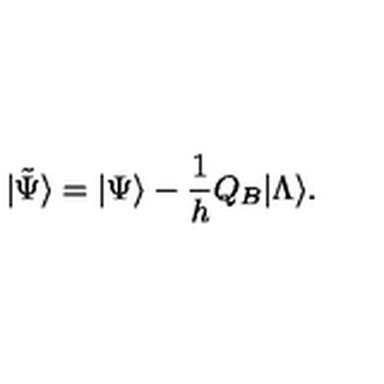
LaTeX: | \tilde { \Psi } \rangle = | \Psi \rangle - \frac { 1 } { h } Q _ { B } | \Lambda \rangle .